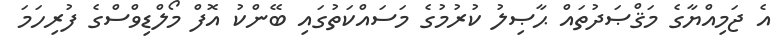
އެ ޖަމިއްޔާގެ މަޤްޞަދުތައް ޙާޞިލު ކުރުމުގެ މަސައްކަތުގައި ބޭންކު އޮފް މޯލްޑިވްސްގެ ފުރިހަމަ